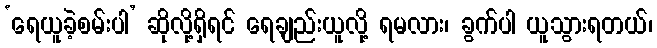
‘ရေယူခဲ့စမ်းပါ’ ဆိုလို့ရှိရင် ရေချည်းယူလို့ ရမလား၊ ခွက်ပါ ယူသွားရတယ်၊